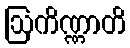
ဩကိဏ္ဏာတိ